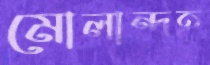
মোলান্দহ